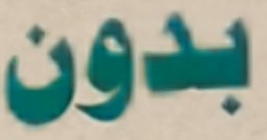
بدون